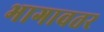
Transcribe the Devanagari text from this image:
भागावतर